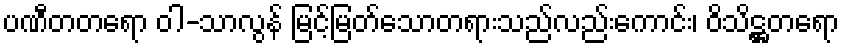
ပဏီတတရော ဝါ-သာလွန် မြင့်မြတ်သောတရားသည်လည်းကောင်း၊ ဝိသိဋ္ဌတရော